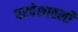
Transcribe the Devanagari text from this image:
परदेशातली